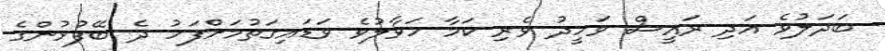
ބަދަލުވެ އަދި ރައީސް ވަހީދު ވެރި ކަމާ ހަވާލުވެ ވަޑައިގަތުމަށްފަހު ދެ ބޭފުޅުންގެ